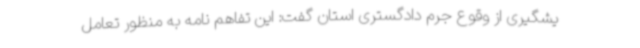
یشگیری از وقوع جرم دادگستری استان گفت: این تفاهم نامه به منظور تعامل